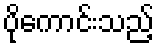
ပိုကောင်းသည့်